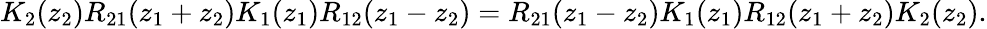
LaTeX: K_{2}(z_{2})R_{21}(z_{1}+z_{2})K_{1}(z_{1})R_{12}(z_{1}-z_{2})=R_{21}(z_{1}-z_{2})K_{1}(z_{1})R_{12}(z_{1}+z_{2})K_{2}(z_{2}).